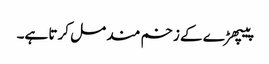
پیپھڑ ے کے زخم مند مل کرتا ہے۔